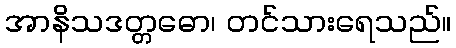
အာနိသဒတ္တဓော၊ တင်သားရေသည်။